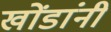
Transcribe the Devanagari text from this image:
खोंडांनी